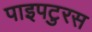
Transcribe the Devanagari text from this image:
पाइपटुरस